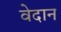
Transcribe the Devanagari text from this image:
वेदान